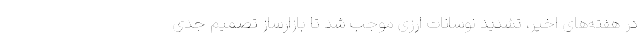
در هفته‌های اخیر، تشدید نوسانات ارزی موجب شد تا بازارساز تصمیم جدی